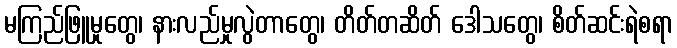
မကြည်ဖြူမှုတွေ၊ နားလည်မှုလွဲတာတွေ၊ တိတ်တဆိတ် ဒေါသတွေ၊ စိတ်ဆင်းရဲစရာ